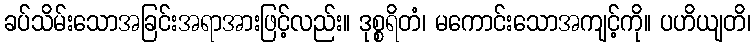
ခပ်သိမ်းသောအခြင်းအရာအားဖြင့်လည်း။ ဒုစ္စရိတံ၊ မကောင်းသောအကျင့်ကို။ ပဟိယျတိ၊